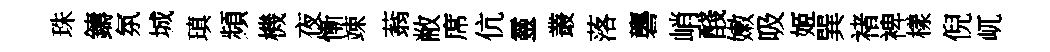
珠鑄氛城瑱頻機夜慚竦蓊敝席伉靈叢落礱峭醆嫩吸姬巽禇裨樣倪屼